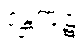
ဒန္တကူဋံ